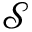
\mathcal { S }